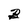
Character: B